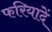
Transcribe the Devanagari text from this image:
फरियादें